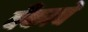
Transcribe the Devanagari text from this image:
बँकाचे